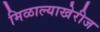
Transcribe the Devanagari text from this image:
मिळाल्याखेरीज